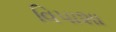
વિપાશા